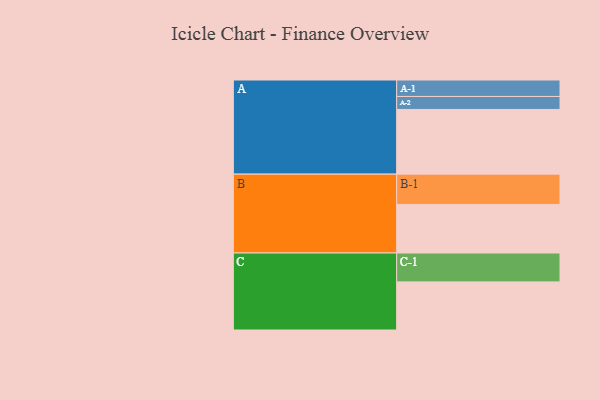
{"axis": {"x": "Segment", "y": "Value"}, "legend": ["", "A", "B", "C"], "data": [{"x": "A", "y": 558, "type": ""}, {"x": "B", "y": 419, "type": ""}, {"x": "C", "y": 415, "type": ""}, {"x": "A-1", "y": 142, "type": "A"}, {"x": "A-2", "y": 112, "type": "A"}, {"x": "B-1", "y": 261, "type": "B"}, {"x": "C-1", "y": 249, "type": "C"}]}